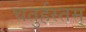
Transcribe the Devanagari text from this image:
चतुर्हस्तम्